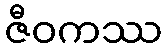
ဇီဝကဿ